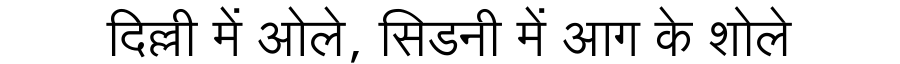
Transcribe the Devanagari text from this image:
दिल्ली में ओले, सिडनी में आग के शोले